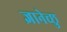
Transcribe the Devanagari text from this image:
ज्ञानेच्छु